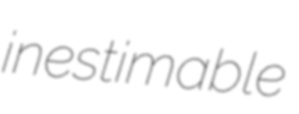
inestimable